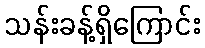
သန်းခန့်ရှိကြောင်း